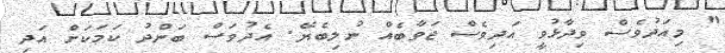
" މިއަދުވެސް ވިދާޅުވީ އަދިވެސް ޖަވާބެއް ނުލިބެޔޭ. އެދުވަސް ބަންދު ކަމަކަށް އަދި